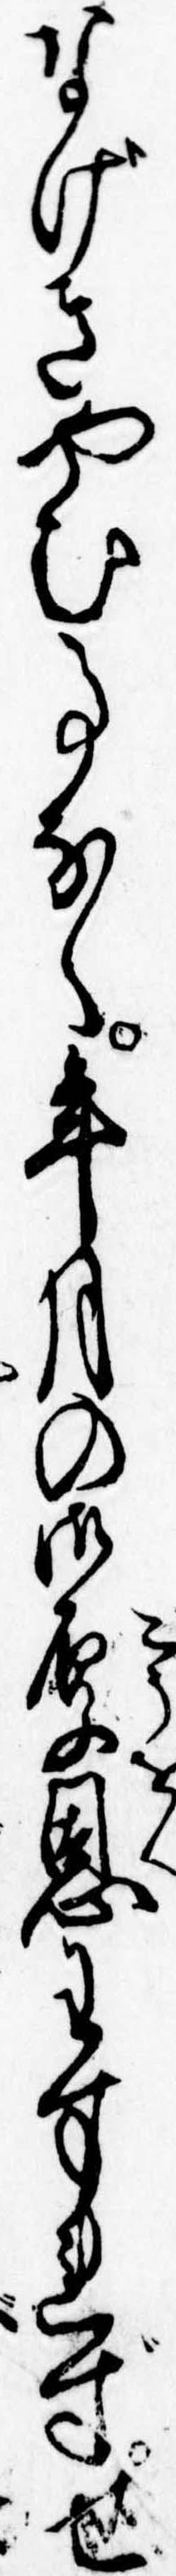
なげきやむ事なく年月の御厚恩わすれずせ